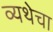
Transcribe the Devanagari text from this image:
व्यथेचा